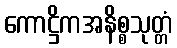
ကောဋ္ဌိကအနိစ္စသုတ္တံ